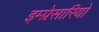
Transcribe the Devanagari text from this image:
इम्प्रेसारियो